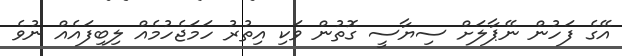
އޭގެ ފަހުން ނޭޕާލަށް ސިޔާސީ ގޮތުން ވަކި އިތުރު ހަމަޖެހުމެއް ލިބިފައެއް ނުވެ